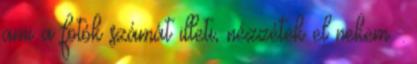
ami a fotók számát illeti, nézzétek el nekem :